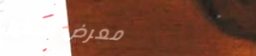
معرض النخيل